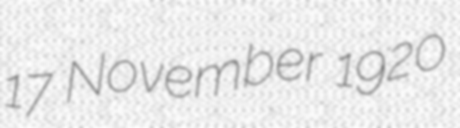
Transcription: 17 November 1920